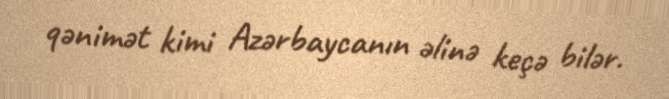
qənimət kimi Azərbaycanın əlinə keçə bilər.